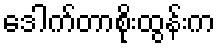
ဒေါက်တာစိုးထွန်းက